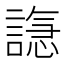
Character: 𫍆